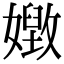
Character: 𡢝